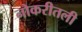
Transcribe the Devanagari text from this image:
नोकरीतली